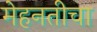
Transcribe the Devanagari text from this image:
मेहनतीचा